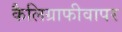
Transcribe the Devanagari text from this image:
कैलिग्राफीवापर